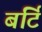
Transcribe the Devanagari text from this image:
बर्टि